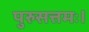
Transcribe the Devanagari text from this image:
पुरुसत्तमः।